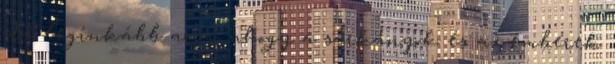
de leginkább arra, ahogy a sárkányok és az emberek